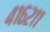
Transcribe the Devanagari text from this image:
४१६२११